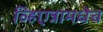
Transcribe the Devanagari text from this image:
व्हिएन्नामधेच